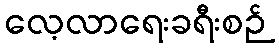
လေ့လာရေးခရီးစဉ်